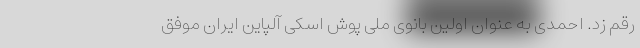
رقم زد. احمدی به عنوان اولین بانوی ملی پوش اسکی آلپاین ایران موفق